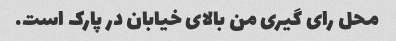
محل رای گیری من بالای خیابان در پارک است.